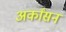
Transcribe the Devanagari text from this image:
अर्कांसन